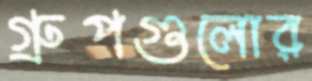
গ্রুপগুলোর